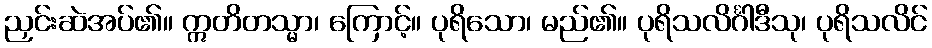
ညှင်းဆဲအပ်၏။ ဣတိတသ္မာ၊ ကြောင့်။ ပုရိသော၊ မည်၏။ ပုရိသလိင်္ဂါဒီသု၊ ပုရိသလိင်